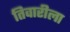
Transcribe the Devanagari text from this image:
तिवारीला